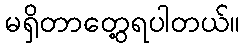
မရှိတာတွေ့ရပါတယ်။